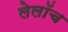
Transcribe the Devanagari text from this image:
लेलॉच